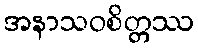
အနာသဝစိတ္တဿ